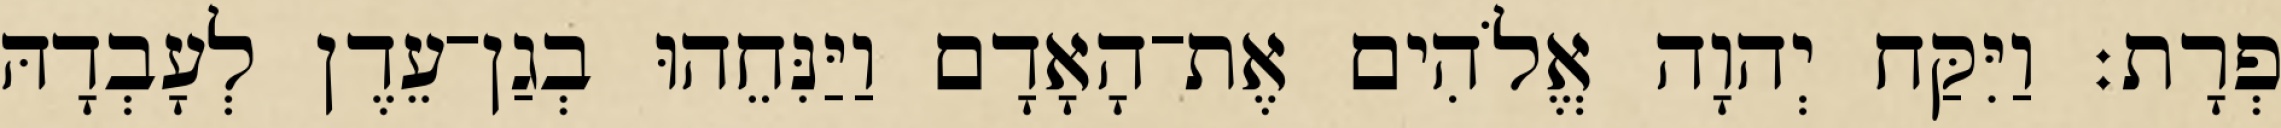
פְרָת׃ וַיִּקַּח יְהוָה אֱלֹהִים אֶת־הָאָדָם וַיַּנִּחֵהוּ בְגַן־עֵדֶן לְעָבְדָהּ